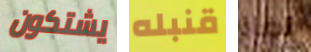
يشتكون قنبله نفاذ